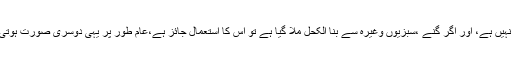
پرفیوم میں اگر انگوریا کھجور سے کشید کیا گیا الکحل شامل ہے تو اس کا استعمال جائز نہیں ہے، اور اگر گنے ،سبزیوں وغیرہ سے بنا الکحل ملا گیا ہے تو اس کا استعمال جائز ہے،عام طور پر یہی دوسری صورت ہوتی ہے، لہذا پرفیوم کے استعمال کی گنجائش ہے اور ایسے کپڑوں میں نمازبھی درست ہے۔